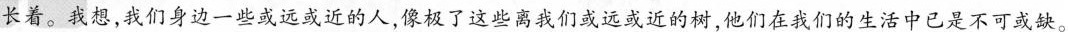
长着。我想，我们身边一些或远或近的人，像极了这些离我们或远或近的树，他们在我们的生活中已是不可成缺。